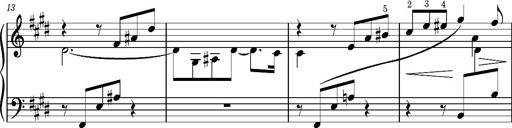
Title: Album-Leaf 'Cantique d'amour'
Composer: Franz Liszt
Key: E major